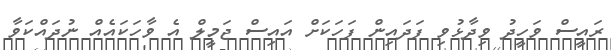
ރައީސް ވަހީދު ވިދާޅުވި ފަދައިން ފަހަކަށް އައިސް ޖަމީލް އެ ވާހަކައެއް ނުދައްކަވާ